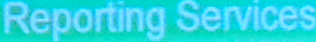
Reporting Services